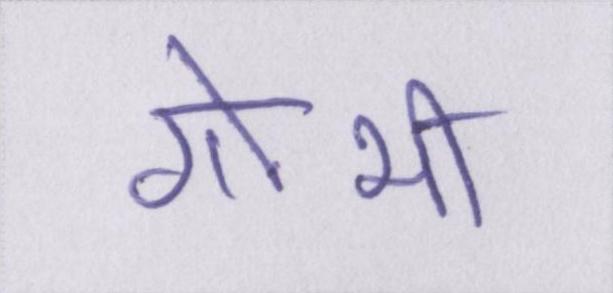
गोभी